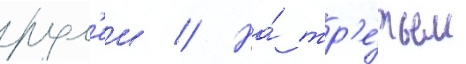
рул'еи // На́ тр'е́тьем